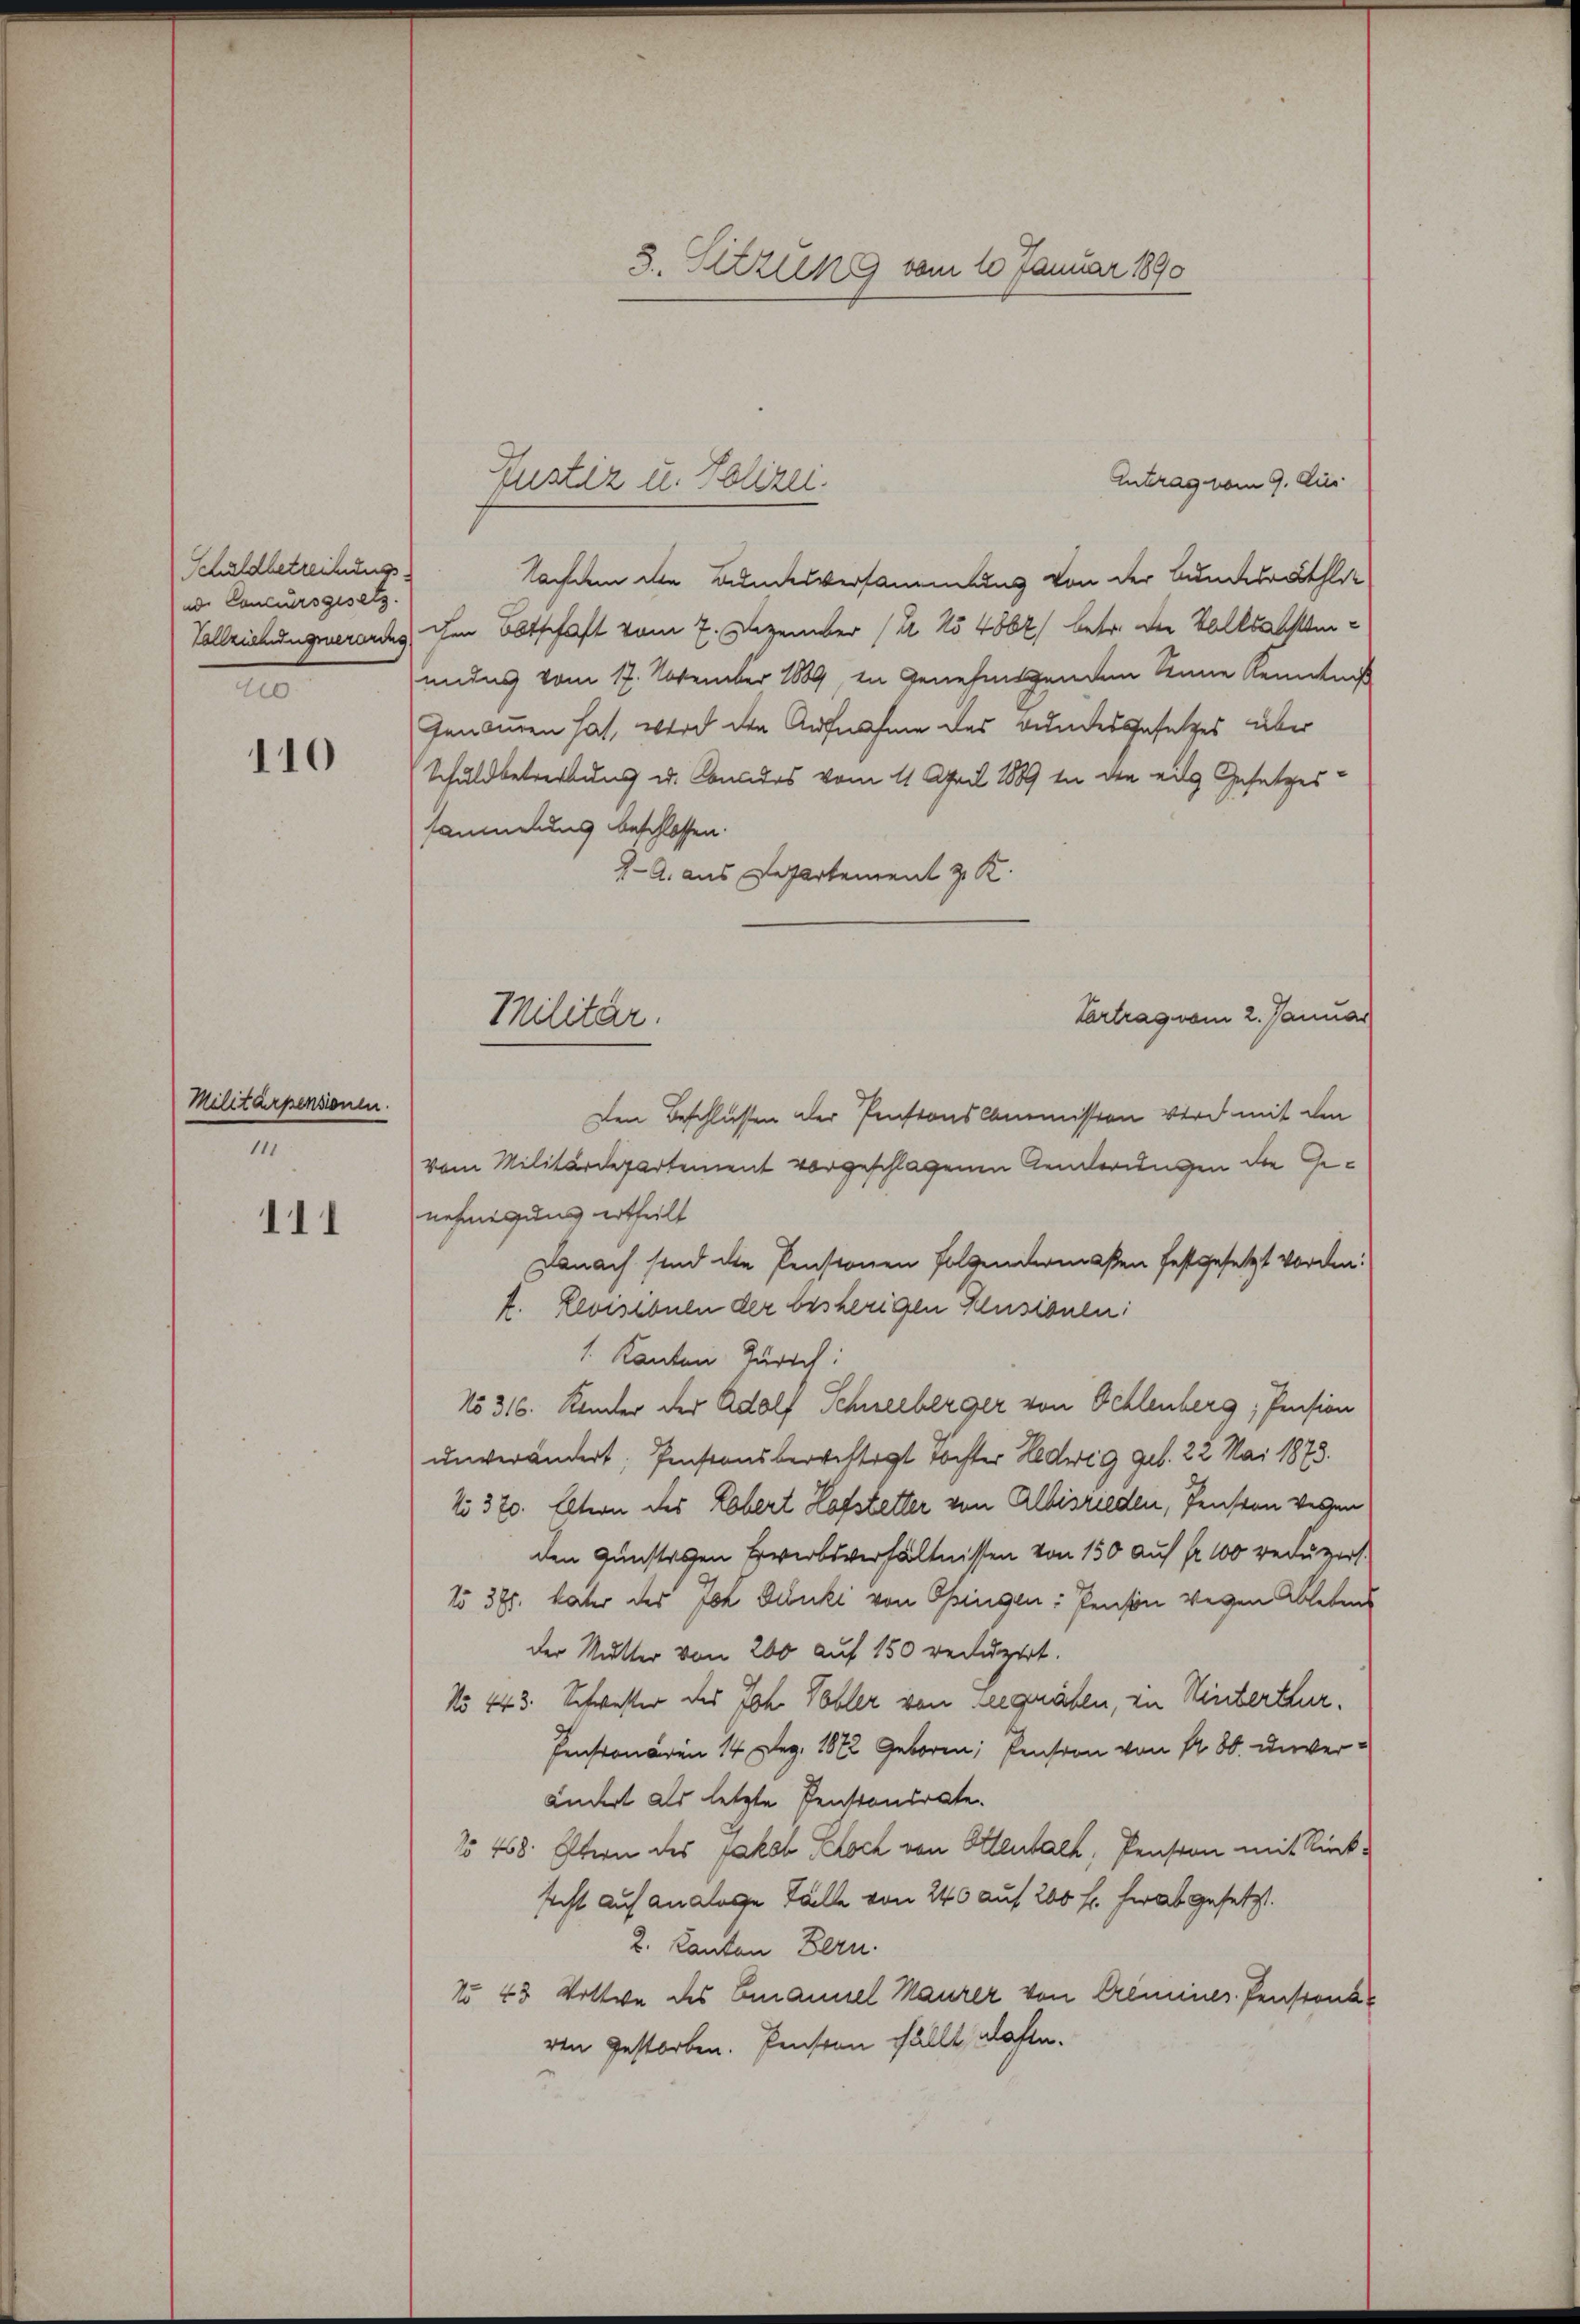
Schuldbetreibungsad Concursgesetz
2

110

Militärpensionen.
11

111

3. Sitzung vom 10 Januar 1890

Antrag vom 9. Aus
Nachdem die Bundesversammlung von der Bundesräthli¬
Vollziehungserordes, den Abtschaft vom 7. Dezember (2 No 4862) betr. der Volksabstiundes vom 17. November 1889, in Genehmigenden Seine Kenntniß
Genommen hat, wird den Aufnahme des Bundesgesetzes über
Schuldbetrettung u. Condos vom 11. April 1889 in den eile Gesetzessammelung beschlossen:
 A. aus Departement z. R.
Vertrag vom 2. Januar
Den Beschlüssen der Penstons Commission wird mit den
vom Militärdepartement vorgeschlagenen Aenderungen die Genehmigung ertheilt
Danach sind die Pensionen Folgendermaßen festgesetzt vorden.
f. Revisionen der bisherigen Klusionen:
1. Kanton Zürich:
No 316. Kinder der Adolf Schneeberger von Oehlenberg, Pension
unverändert, Pensionsberechtigt Tochter Hedwig geb. 22 Mai 1873.
No 370. Eltern des Lobert Hofstetter von Albisrieden, Penston vergen
den Gunstigen Erwerbsverhältnissen von 150 auf fr. 100 reduzirt
1o 375. Vater des Joh. Denke von Ossingen: Pension wegen Ablebens
der Mutter von 200 auf 150 reduzirt.
No 143. Schwester des Joh. Tobler von Seegräben, in Winterthur.
Pensionären 14 Dez. 1872 Geboren, Pension von 180. unverändert als letzte Penstandrate
No 468. Eltern des Jakob Koch von Attenbach, Pension mit Rückfecht auf analoge Talle von 240 auf 200 fl. ferat gesetzt.
2. Kanton Bern.
No 43 Vollwe des Emanuel Maurer von Crimines Pensionsven gestorben. Pension fällt, klafte.

Justiz u. Polizei.

Militär.